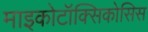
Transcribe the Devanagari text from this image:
माइकोटॉक्सिकोसिस